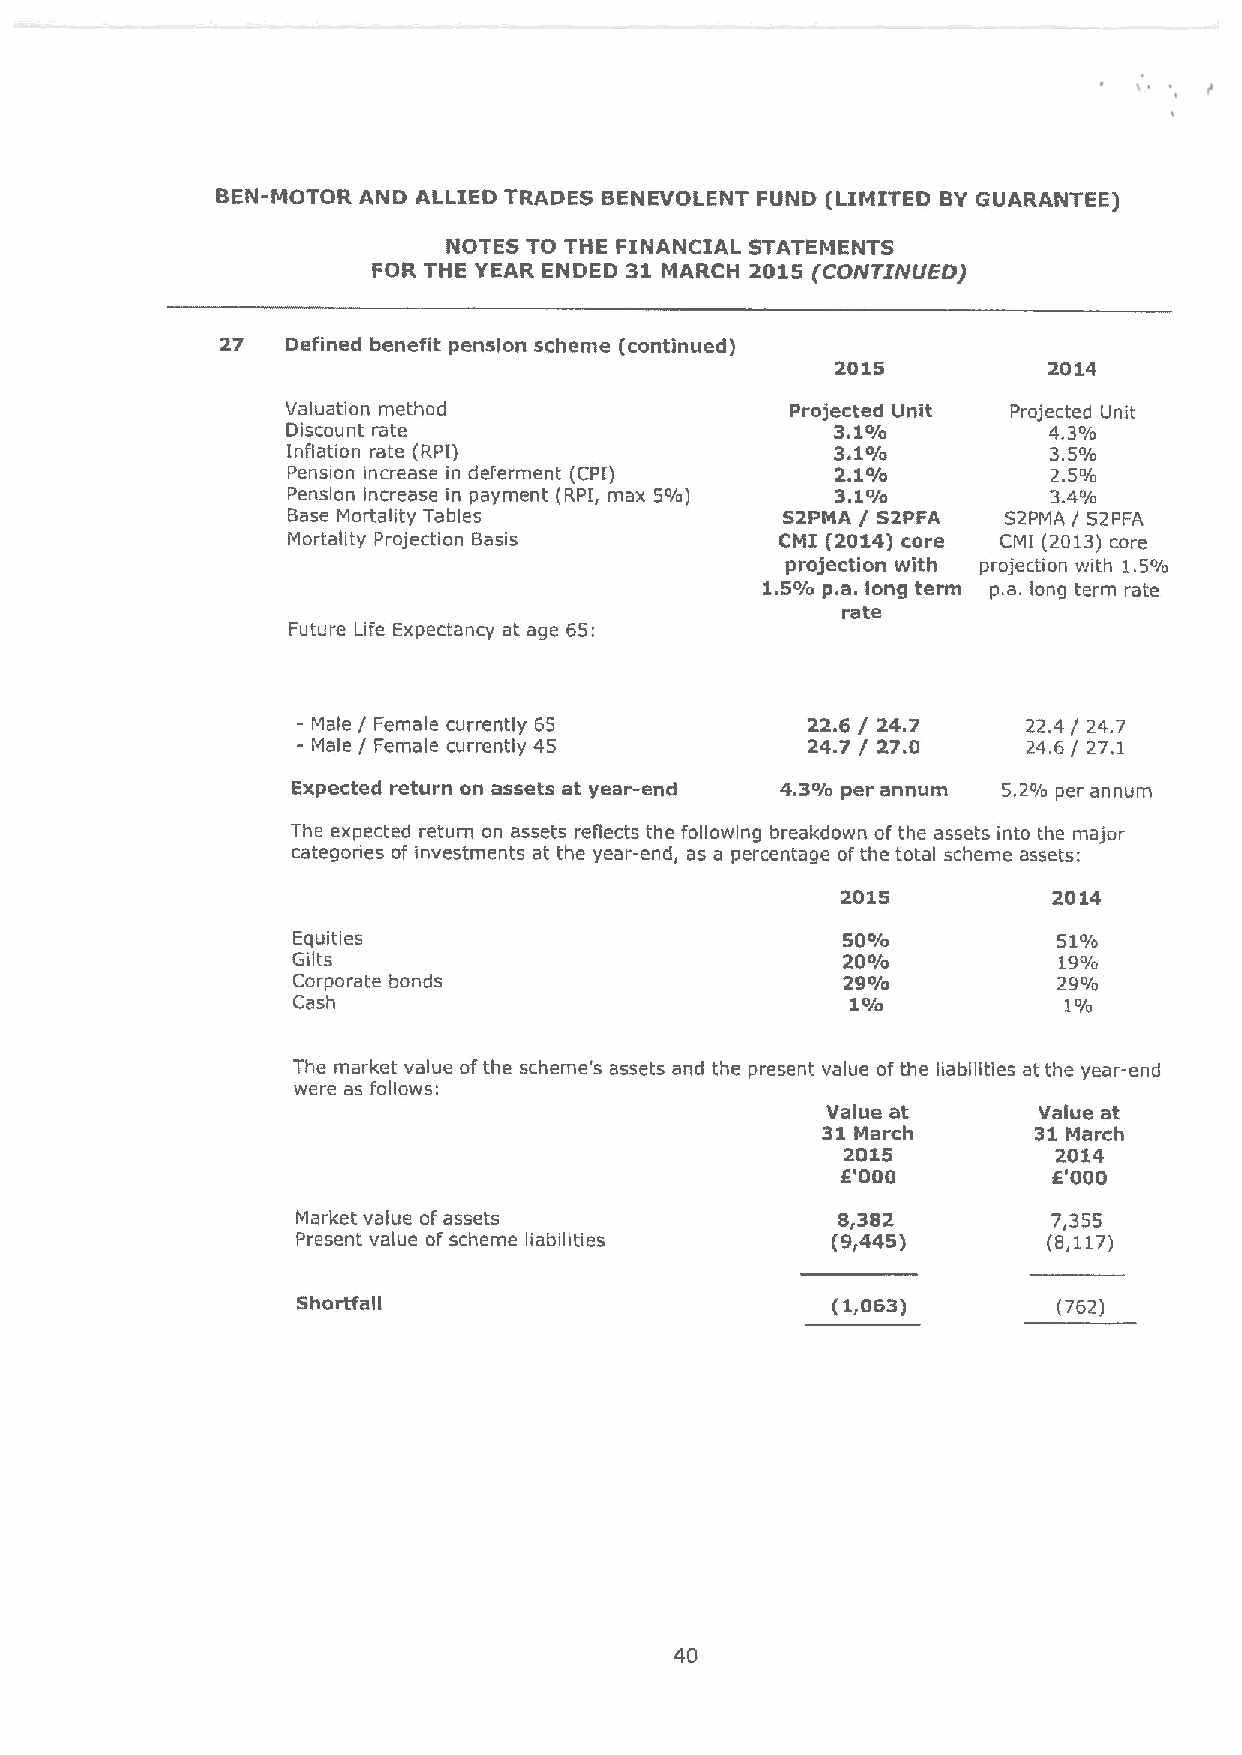
BEN-MOTOR AND ALLIED TRADES BENEVOLENT FUND (LIMITED BYGUARANTEE)
 NOTES TO THE FINANCIAL STATEMENTS
 FOR THE YEAR ENDED 31 MARCH 2015 (CONTINUED)
 27  Defined benefit pension scheme (continued)
 2015          2014
 Valuation method                 Projected Unit Projected Unit
 Discount rate                       3.lo/o        4.3o/o
 Inflation rate (RPI)                3,io/o         3.
 So/o
 Pension increase in deferment (CPI) 2.1o/o         2.5'/o
 Pension increase in payment (RPI, max 5'/o) 3. 1o/o 3. 4o/o
 Base Mortality Tables            52PMA / 52PFA  52PMA / 52PFA
 Mortality Projection Basis       CMI (2014) core CMI (2013)core
 projection with projection with 1.5'/o
 1. 5o/o p.a. long term p.a. long term rate
 rate
 Future Life Expectancy at age 65:
 Male / Female currently 65      22.6 / 24.7    22.4 / 24.7
 Male / Female currently 45      24.7 / 27.0    24.6/ 27.1
 Expected return on assets at year-end 4.3o/o per annum 5.244 per annum
 The expected return on assets reflects the following breakdown ofthe assets into the major
 categories of investments at the year-end, as a percentage ofthe total scheme assets:
 2015          2014
 Equities                             50o/o         5lo/o
 Gilts                                20o/o         1go/o
 Corporate bonds                      29o/o         29o/o
 Cash                                 lo/o           1'/o
 The market value ofthe scheme's assets and the present value ofthe liabilities at the year-end
 were as follows:
 Value at      Value at
 31March        31March
 2015          2014
 E'000         E'000
 Market value of assets             8,382          7,355
 Present value of scheme liabilities (9,445)      (8,117)
 Shortfall                          (1,063)        (762)
 40